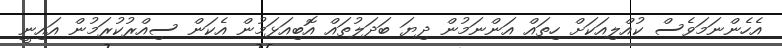
އެހެންނަމަވެސް ކުއްލިއަކަށް ހިތައް އަންނަމުން ދިޔަ ބަދަލުތައް އޮބިއަޅަމުން އެކަން ސިއްރުކުރަމުން އައިނީ